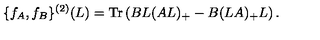
\{ f _ { A } , f _ { B } \} ^ { ( 2 ) } ( L ) = \mathrm { T r } \left( B L ( A L ) _ { + } - B ( L A ) _ { + } L \right) .